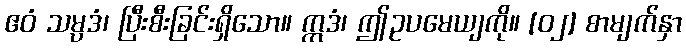
ဧဝံ သမ္ပဒံ၊ ပြီးစီးခြင်းရှိသော။ ဣဒံ၊ ဤဥပမေယျကို။ [၀၂] စာမျက်နှာ